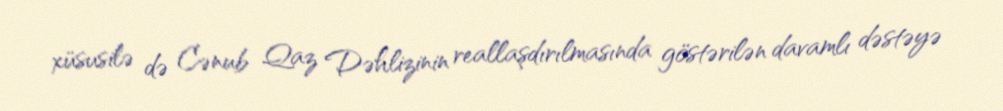
xüsusilə də Cənub Qaz Dəhlizinin reallaşdırılmasında göstərilən davamlı dəstəyə